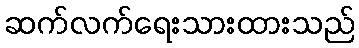
ဆက်လက်ရေးသားထားသည်